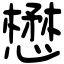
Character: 懋